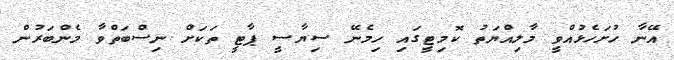
އޭނާ ހުށަހެޅުއްވީ މާލިއްޔަތު ކޮމިޓީގައި ހިމެނޭ ސިޔާސީ ޕާޓީ ތަކަށް ނިސްބަތްވާ މެންބަރުން